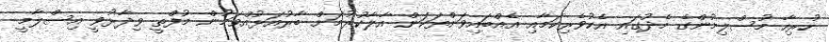
ހުރިހާ މުސްލިމުންގެ މެދުގައި އެކުވެރިކަމާއި އެއްބައިވަންތަކަން އާލާކުރުމަށް ބާރުއަޅުއްވަމުން މުފްތީ ވިދާޅުވީ އިސްލާމީ